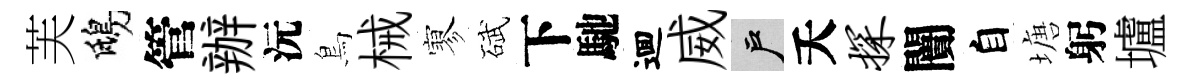
芙鴟管辦沅鳥械寥碔下馳逥威户夭探闠自塘躬壚